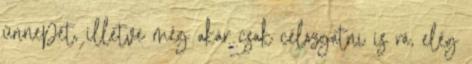
ünnepét, illetve még akár csak célozgatni is rá, elég